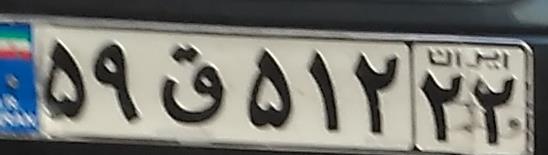
۵۹ق۵۱۲۲۲